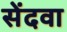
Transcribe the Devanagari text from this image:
सेंदवा